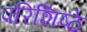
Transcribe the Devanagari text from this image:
परिशिष्ठे